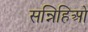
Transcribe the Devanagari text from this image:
सन्निहिओ